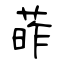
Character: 葃